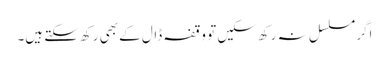
اگر مسلسل نہ رکھ سکیں تو وقفہ ڈال کے بھی رکھ سکتے ہیں۔